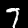
Label: 7